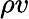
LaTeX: \rho v